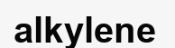
alkylene